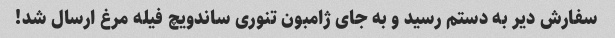
سفارش دیر به دستم رسید و به جای ژامبون تنوری ساندویچ فیله مرغ ارسال شد!